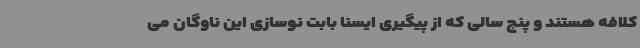
کلافه هستند و پنج سالی که از پیگیری ایسنا بابت نوسازی این ناوگان می